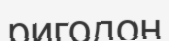
ригодон